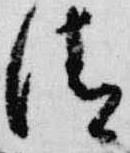
清